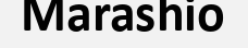
Marashio